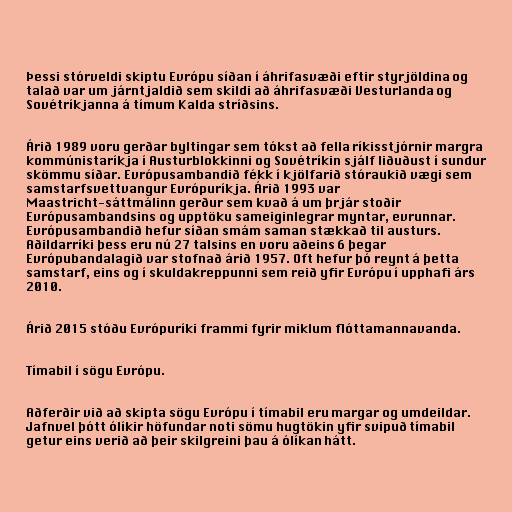
Þessi stórveldi skiptu Evrópu síðan í áhrifasvæði eftir styrjöldina og
talað var um járntjaldið sem skildi að áhrifasvæði Vesturlanda og
Sovétríkjanna á tímum Kalda stríðsins.

Árið 1989 voru gerðar byltingar sem tókst að fella ríkisstjórnir margra
kommúnistaríkja í Austurblokkinni og Sovétríkin sjálf liðuðust í sundur
skömmu síðar. Evrópusambandið fékk í kjölfarið stóraukið vægi sem
samstarfsvettvangur Evrópuríkja. Árið 1993 var
Maastricht-sáttmálinn gerður sem kvað á um þrjár stoðir
Evrópusambandsins og upptöku sameiginlegrar myntar, evrunnar.
Evrópusambandið hefur síðan smám saman stækkað til austurs.
Aðildarríki þess eru nú 27 talsins en voru aðeins 6 þegar
Evrópubandalagið var stofnað árið 1957. Oft hefur þó reynt á þetta
samstarf, eins og í skuldakreppunni sem reið yfir Evrópu í upphafi árs
2010.

Árið 2015 stóðu Evrópuríki frammi fyrir miklum flóttamannavanda.

Tímabil í sögu Evrópu.

Aðferðir við að skipta sögu Evrópu í tímabil eru margar og umdeildar.
Jafnvel þótt ólíkir höfundar noti sömu hugtökin yfir svipuð tímabil
getur eins verið að þeir skilgreini þau á ólíkan hátt.